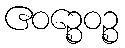
ဧဝဉ္စေဝဉ္စ